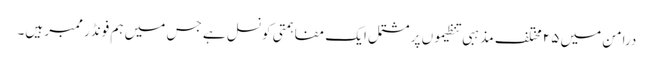
درامن میں ۲۵ مختلف مذہبی تنظیموں پر مشتمل ایک مفاہمتی کونسل ہے جس میں ہم فونڈر ممبر ہیں۔